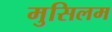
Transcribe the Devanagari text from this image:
मुसिलम